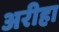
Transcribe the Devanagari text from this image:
अरीहा